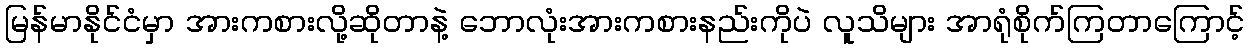
မြန်မာနိုင်ငံမှာ အားကစားလို့ဆိုတာနဲ့ ဘောလုံးအားကစားနည်းကိုပဲ လူသိများ အာရုံစိုက်ကြတာကြောင့်